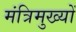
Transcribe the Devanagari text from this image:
मंत्रिमुख्यों